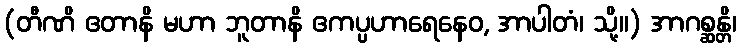
(တီဏိ ဧတာနိ မဟာ ဘူတာနိ ဧကပ္ပဟာရေနေဝ, အာပါတံ၊ သို့။) အာဂစ္ဆန္တိ၊